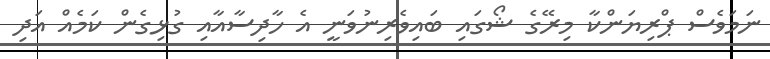
ނަމަވެސް ޕްރިޔަންކާ މިރޭގެ ޝޯގައި ބައިވެރިނުވަނީ އެ ހާދިސާއާއި ގުޅިގެން ކަމެއް އަދި